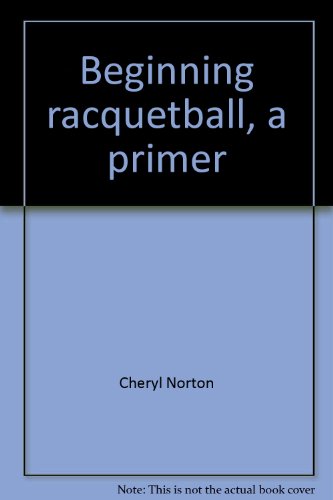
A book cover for Beginning racquetball, a primer: Instructor's guide; Cheryl Norton; Sports & Outdoors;